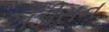
ઐડીસન